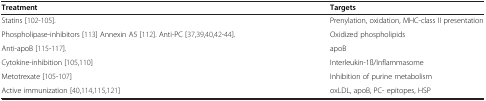
<table><thead><tr><td><b>Treatment</b></td><td><b>Targets</b></td></tr></thead><tbody><tr><td>Statins[102-105].</td><td>Prenylation, oxidation, MHC-class II presentation</td></tr><tr><td>Phospholipase-inhibitors[113] Annexin A5[112]. Anti-PC[37,39,40,42-44].</td><td>Oxidized phospholipids</td></tr><tr><td>Anti-apoB[115-117].</td><td>apoB</td></tr><tr><td>Cytokine-inhibition[105,110]</td><td>Interleukin-1ß/Inflammasome</td></tr><tr><td>Metotrexate[105-107]</td><td>Inhibition of purine metabolism</td></tr><tr><td>Active immunization[40,114,115,121]</td><td>oxLDL, apoB, PC- epitopes, HSP</td></tr></tbody></table>